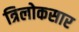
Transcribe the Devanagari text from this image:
त्रिलोकसार